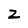
Character: z